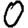
Digit: 0